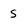
Character: S